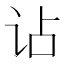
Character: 𧮪